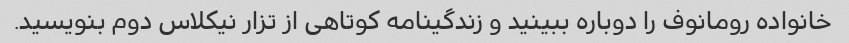
خانواده رومانوف را دوباره ببینید و زندگینامه کوتاهی از تزار نیکلاس دوم بنویسید.